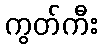
ကွတ်ကီး